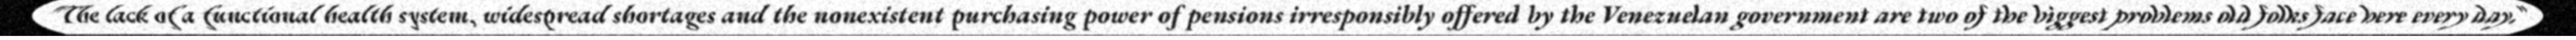
"The lack of a functional health system, widespread shortages and the nonexistent purchasing power of pensions irresponsibly offered by the Venezuelan government are two of the biggest problems old folks face here every day."